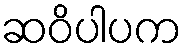
ဆဝိပါပက